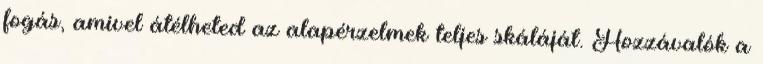
fogás, amivel átélheted az alapérzelmek teljes skáláját. Hozzávalók a